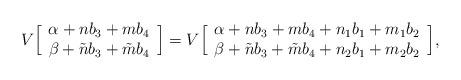
LaTeX: \begin{align*}V\Big[ \begin{array}{c} \alpha + n b_3 + {m}b_4 \cr\beta + \tilde{n} b_3 + \tilde{m}b_4 \end{array} \Big] = V\Big[ \begin{array}{c} \alpha + n b_3 + {m}b_4 +n_1 b_1 + m_1 b_2 \cr\beta + \tilde{n} b_3 + \tilde{m}b_4 +n_2 b_1 + m_2 b_2\end{array} \Big],\end{align*}